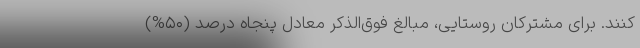
کنند. برای مشترکان روستایی، مبالغ فوق‌الذکر معادل پنجاه ‌‌درصد (۵۰%)